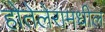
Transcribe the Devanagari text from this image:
होतेलेरामधील